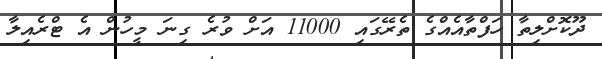
ދޫކޮށްލިތާ ހަފްތާއެއްގެ ތެރޭގައި 11000 އަށް ވުރެ ގިނަ މީހުން އެ ޓްރެއިލާ